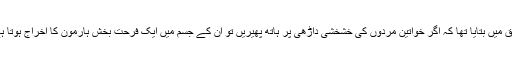
یونی لیڈ میگزین کی رپورٹ کے مطابق سائنسدانوں نے کچھ عرصہ قبل تحقیق میں بتایا تھا کہ اگر خواتین مردوں کی خشخشی داڑھی پر ہاتھ پھیریں تو ان کے جسم میں ایک فرحت بخش ہارمون کا اخراج ہوتا ہے جو انہیں ذہنی پریشانی اور ڈپریشن سے نجات دلاتا اور پرسکون کرتا ہے۔